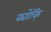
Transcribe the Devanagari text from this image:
क्योंकि्